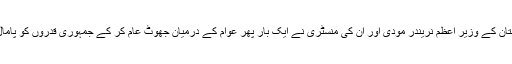
ہندوستان کے وزیر اعظم نریندر مودی اور ان کی منسٹری نے ایک بار پھر عوام کے درمیان جھوٹ عام کر کے جمہوری قدروں کو پامال کیا!